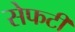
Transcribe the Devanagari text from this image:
सेफटी